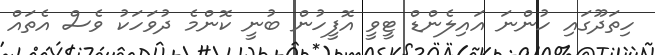
ހިތަދޫގައި ހުންނަ އައިލެންޑް ޓީވީ އޮފީހުން ބުނީ ކޮންމެ ދުވަހަކު ވެސް އެތައް